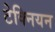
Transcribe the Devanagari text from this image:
टेक्नियन